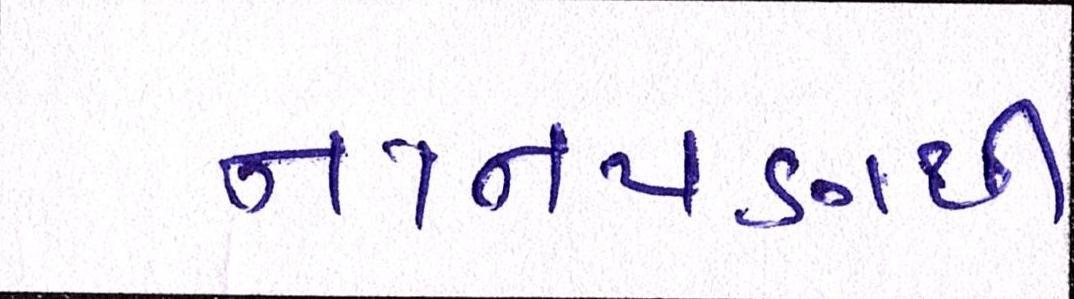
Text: નાનપણથી